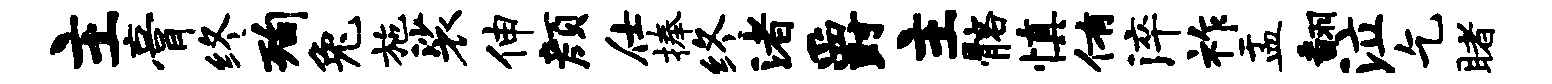
主膏终洵兔施裟伸颜仕捧终渚爵主髂慎侑淬祚盂翻泣乞睹